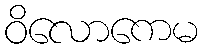
ဝိလောကေမ